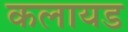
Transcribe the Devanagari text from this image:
कलायड